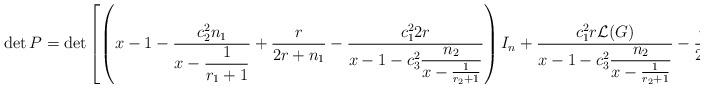
LaTeX: \begin{align*}\small \det P =\det \left[ \left(x-1-\dfrac{c_2^2n_1}{x-\dfrac{1}{r_1+1}}+\dfrac{r}{2r+n_1}-\dfrac{c_1^22r}{x-1-c_3^2\dfrac{n_2}{x-\frac{1}{r_2+1}}}\right)I_n +\dfrac{c_1^2r\mathcal{L}(G)}{x-1-c_3^2\dfrac{n_2}{x-\frac{1}{r_2+1}}}-\dfrac{r\mathcal{L}(G)}{2r+n_1}\right]. \end{align*}